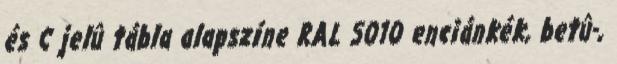
és C jelû tábla alapszíne RAL 5010 enciánkék, betû-,